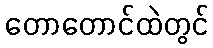
တောတောင်ထဲတွင်